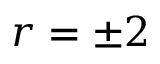
r = \pm 2